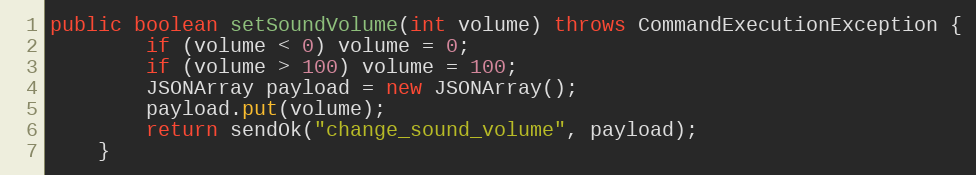
Language: Java
public boolean setSoundVolume(int volume) throws CommandExecutionException {
        if (volume < 0) volume = 0;
        if (volume > 100) volume = 100;
        JSONArray payload = new JSONArray();
        payload.put(volume);
        return sendOk("change_sound_volume", payload);
    }